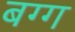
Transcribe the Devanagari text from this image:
बग्ग